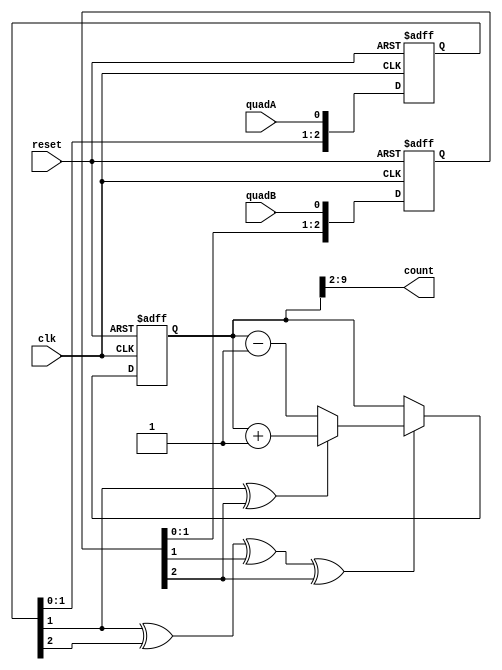
module quadrature_clocked(
    clk, 
    reset,
    quadA, 
    quadB, 
    count
);
    input clk, reset, quadA, quadB;
    output [7:0] count;

    reg [2:0] quadA_delayed;
    reg [2:0] quadB_delayed;
    
    always @(posedge clk or posedge reset) begin 
        if (reset) begin 
            quadA_delayed <= 0;
        end else begin
            quadA_delayed <= {quadA_delayed[1:0], quadA};
        end
    end
    
    always @(posedge clk or posedge reset) begin 
        if (reset) begin 
            quadB_delayed <= 0;
        end else begin
            quadB_delayed <= {quadB_delayed[1:0], quadB};
        end
    end

    wire count_enable = quadA_delayed[1] ^ quadA_delayed[2] ^ quadB_delayed[1] ^ quadB_delayed[2];
    wire count_direction = quadA_delayed[1] ^ quadB_delayed[2];

    reg [31:0] total;
    always @(posedge clk or posedge reset) begin
        if (reset) begin 
            total <= 0;
        end else if(count_enable) begin
            if(count_direction) total <= total+1; 
            else total <= total-1;
        end
    end
    
    wire [31:0] clicks;
    assign clicks = total >> 2; // divide by 4 as the encoder has 4 edges per "click"
    assign count = clicks[7:0];

endmodule